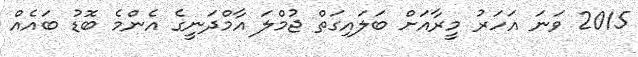
2015 ވަނަ އަހަރު މީރާއަށް ބަލައިގަތް ޖުމްލަ އާމްދަނީގެ އެންމެ ބޮޑު ބައެއް